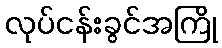
လုပ်ငန်းခွင်အကြို